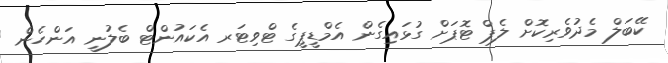
ކޭބަލް މެދުވެރިކޮށް ލެޕް ޓޮޕަށް ގުޅައިގެން އެމްޑީޕީގެ ޓްވިޓަރ އެކައުންޓް ބެލުނީ އަންހެން